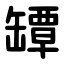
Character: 罈